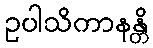
ဥပါသိကာနန္တိ